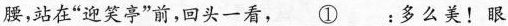
腰，站在”迎笑亭”前，回头一看，\underline{①}:多么美！眼